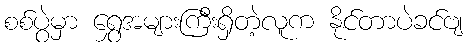
စစ်ပွဲမှာ ရွှေအများကြီးရှိတဲ့လူက နိုင်တာပဲခင်ဗျ